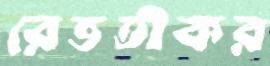
রেভতীকর